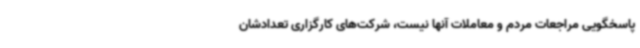
پاسخگویی مراجعات مردم و معاملات آنها نیست، شرکت‌های کارگزاری تعدادشان